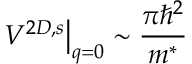
{ \left. V ^ { 2 D , s } \right| } _ { q = 0 } \sim \frac { \pi { \hbar } ^ { 2 } } { m ^ { * } }